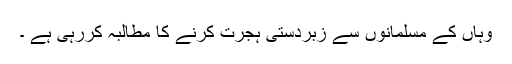
وہاں کے مسلمانوں سے زبردستی ہجرت کرنے کا مطالبہ کررہی ہے ۔